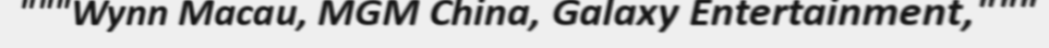
"""Wynn Macau, MGM China, Galaxy Entertainment,"""